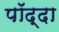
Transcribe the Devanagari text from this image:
पॉद्दा